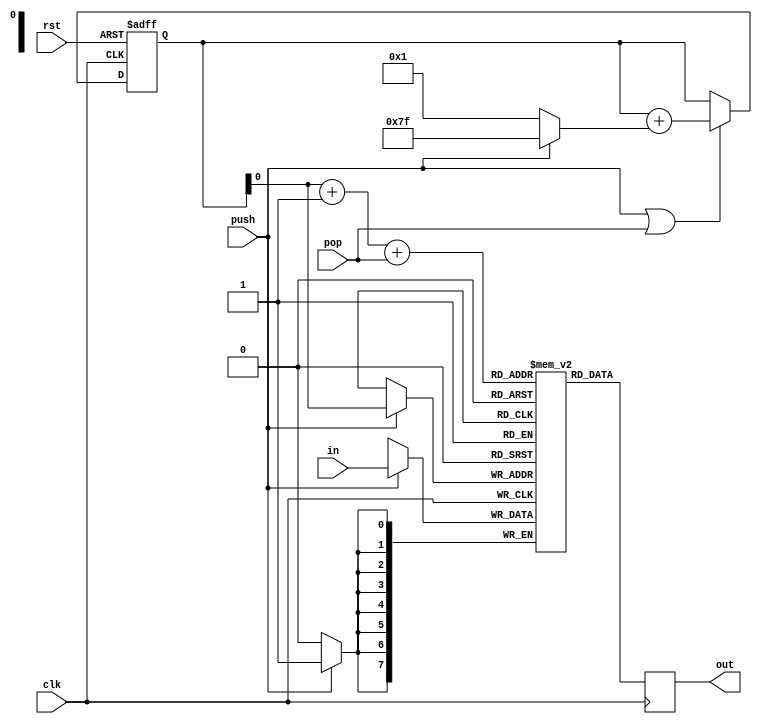
module stack
#(
	parameter             NADDR = 7,
	parameter [NADDR-1:0] DEPTH = 2,
	parameter             NBITS = 8
)
(
	input                  clk, rst,
	input                  push, pop,

	input      [NBITS-1:0] in,
	output reg [NBITS-1:0] out
);

reg [NBITS-1:0] mem [DEPTH-1:0];

// Stack Pointer --------------------------------------------------------------

reg         [NADDR-1:0] cnt = DEPTH-{{NADDR-1{1'b0}}, {1'b1}};
wire signed [NADDR-1:0] pm  = (push) ? -{{NADDR-1{1'b0}}, {1'b1}} : {{NADDR-1{1'b0}}, {1'b1}};

always @ (posedge clk or posedge rst) begin
	if (rst)
		cnt <= DEPTH-{{NADDR-1{1'b0}}, {1'b1}};
	else if (push | pop)
		cnt <= cnt + pm;
end

// Stack ----------------------------------------------------------------------

always @ (posedge clk) begin
	if (push) mem[cnt] <= in;
end 

always @ (posedge clk) begin
	out <= mem[cnt + {{$clog2(DEPTH)-1{1'b0}}, {1'b1}} + pop];
end 

endmodule